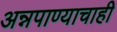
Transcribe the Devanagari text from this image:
अन्नपाण्याचाही